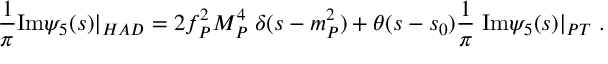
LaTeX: \frac { 1 } { \pi } \mathrm { I m } \psi _ { 5 } ( s ) | _ { H A D } = 2 f _ { P } ^ { 2 } M _ { P } ^ { 4 } \; \delta ( s - m _ { P } ^ { 2 } ) + \theta ( s - s _ { 0 } ) \frac { 1 } { \pi } \; \mathrm { I m } \psi _ { 5 } ( s ) | _ { P T } \; .